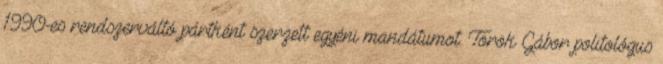
1990-es rendszerváltó pártként szerzett egyéni mandátumot. Török Gábor politológus